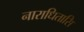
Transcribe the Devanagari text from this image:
नाराधितासि